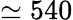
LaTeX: \simeq 540